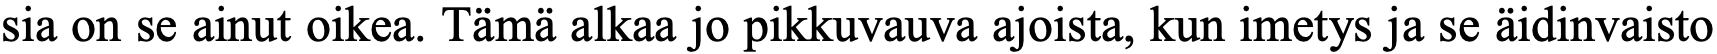
sia on se ainut oikea. Tämä alkaa jo pikkuvauva ajoista, kun imetys ja se äidinvaisto